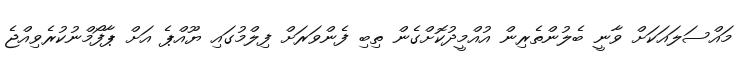
މައްސަލައަކަށް ވާނީ ބެލުންތެރިން އުއްމީދުކޮށްގެން ތިބި ފެންވަރަށް ފިލްމުގައި ޔޫއްޕެ އަށް ޕާފޯމްނުކުރެވިއްޖެ